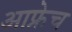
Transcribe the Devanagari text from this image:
आफ्रेच